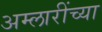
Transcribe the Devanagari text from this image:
अम्लारींच्या